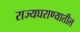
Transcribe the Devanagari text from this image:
राज्यघराण्यातील